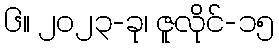
၆။ ၂၀၂၃-ခု၊ ဇူလိုင်-၁၅